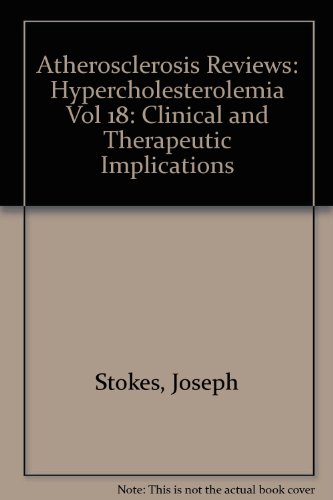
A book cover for Hypercholesterolemia: Clinical and Therapeutic Implications (Atherosclerosis Reviews) (Vol 18); Joseph Stokes; Medical Books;